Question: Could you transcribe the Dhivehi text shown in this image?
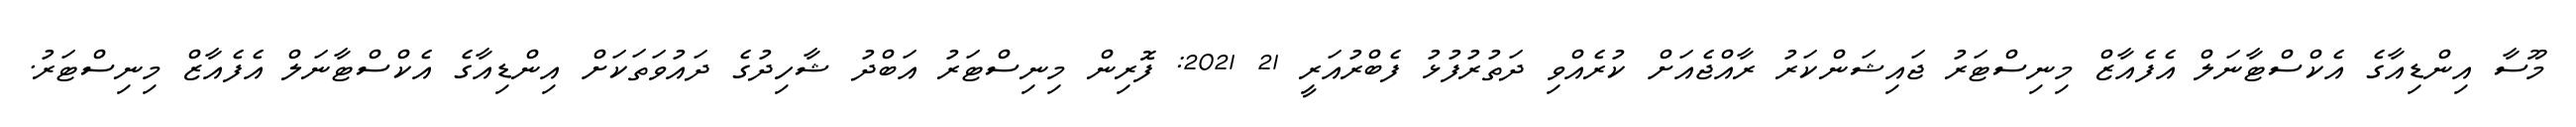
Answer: މޫސާ އިންޑިއާގެ އެކްސްޓާނަލް އެފެއާޒް މިނިސްޓަރު ޖައިޝަންކަރު ރާއްޖެއަށް ކުރެއްވި ދަތުރުފުޅު ފެބްރުއަރީ 21 2021: ފޮރިން މިނިސްޓަރު އަބްދު ޝާހިދުގެ ދައުވަތަކަށް އިންޑިއާގެ އެކްސްޓާނަލް އެފެއާޒް މިނިސްޓަރު.